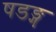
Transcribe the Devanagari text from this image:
षडङ्ग